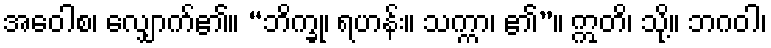
အဝေါစ၊ လျှောက်၏။ “ဘိက္ခု၊ ရဟန်း။ သက္ကာ၊ ၏”။ ဣတိ၊ သို့။ ဘဂဝါ၊